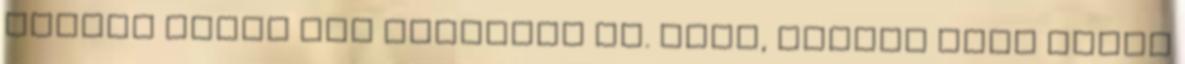
Szóval lehet még rosszabb is. Igen, minden amit írtál